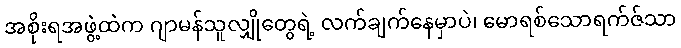
အစိုးရအဖွဲ့ထဲက ဂျာမန်သူလျှိုတွေရဲ့ လက်ချက်နေမှာပဲ၊ မောရစ်သောရက်ဇ်သာ